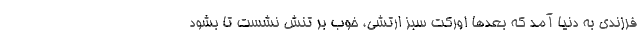
فرزندی به دنیا آمد که بعدها اورکت‌ سبز ارتشی، خوب بر تنش نشست تا بشود